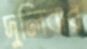
দুলিবার